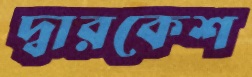
দ্বারকেশ